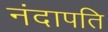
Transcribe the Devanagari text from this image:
नंदापति